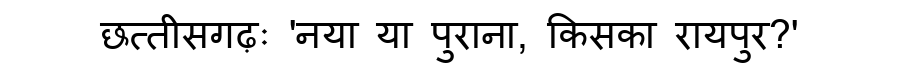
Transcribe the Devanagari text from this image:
छत्तीसगढ़ः 'नया या पुराना, किसका रायपुर?'